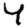
Digit: 4